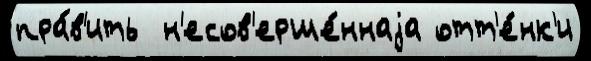
пра́в'ить  н'есов'ерше́ннаjа отт'е́нк'и